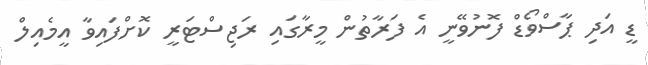
ޑީ އަދި ޕާސްވޯޑް ފޮނުވޭނީ އެ ފަރާތުން މީރާގައި ރަޖިސްޓަރީ ކޮށްފައިވާ އީމެއިލް